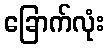
ခြောက်လုံး